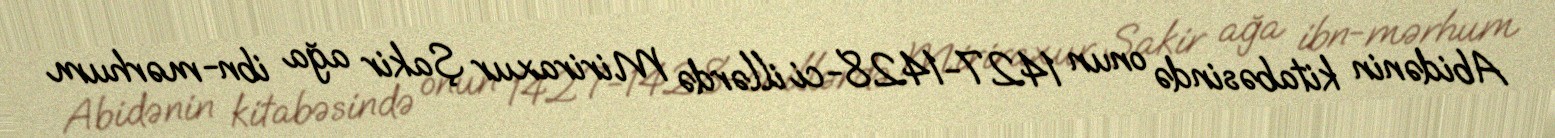
Abidənin kitabəsində onun 1427-1428-ci illərdə Miriraxur Şakir ağa ibn-mərhum